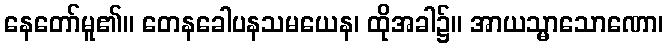
နေတော်မူ၏။ တေနခေါပနသမယေန၊ ထိုအခါ၌။ အာယသ္မာသောဏော၊